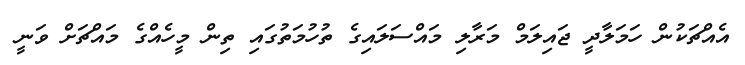
އެއްޗަކުން ހަމަލާދީ ޖައިލަމް މަރާލި މައްސަލައިގެ ތުހުމަތުގައި ތިން މީހެއްގެ މައްޗަށް ވަނީ